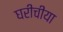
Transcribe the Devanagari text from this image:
घरीचीया